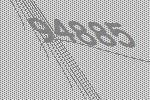
94885